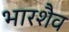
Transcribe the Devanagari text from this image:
भारशैव